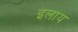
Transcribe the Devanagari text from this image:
इलाय